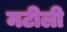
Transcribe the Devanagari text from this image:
मटीली